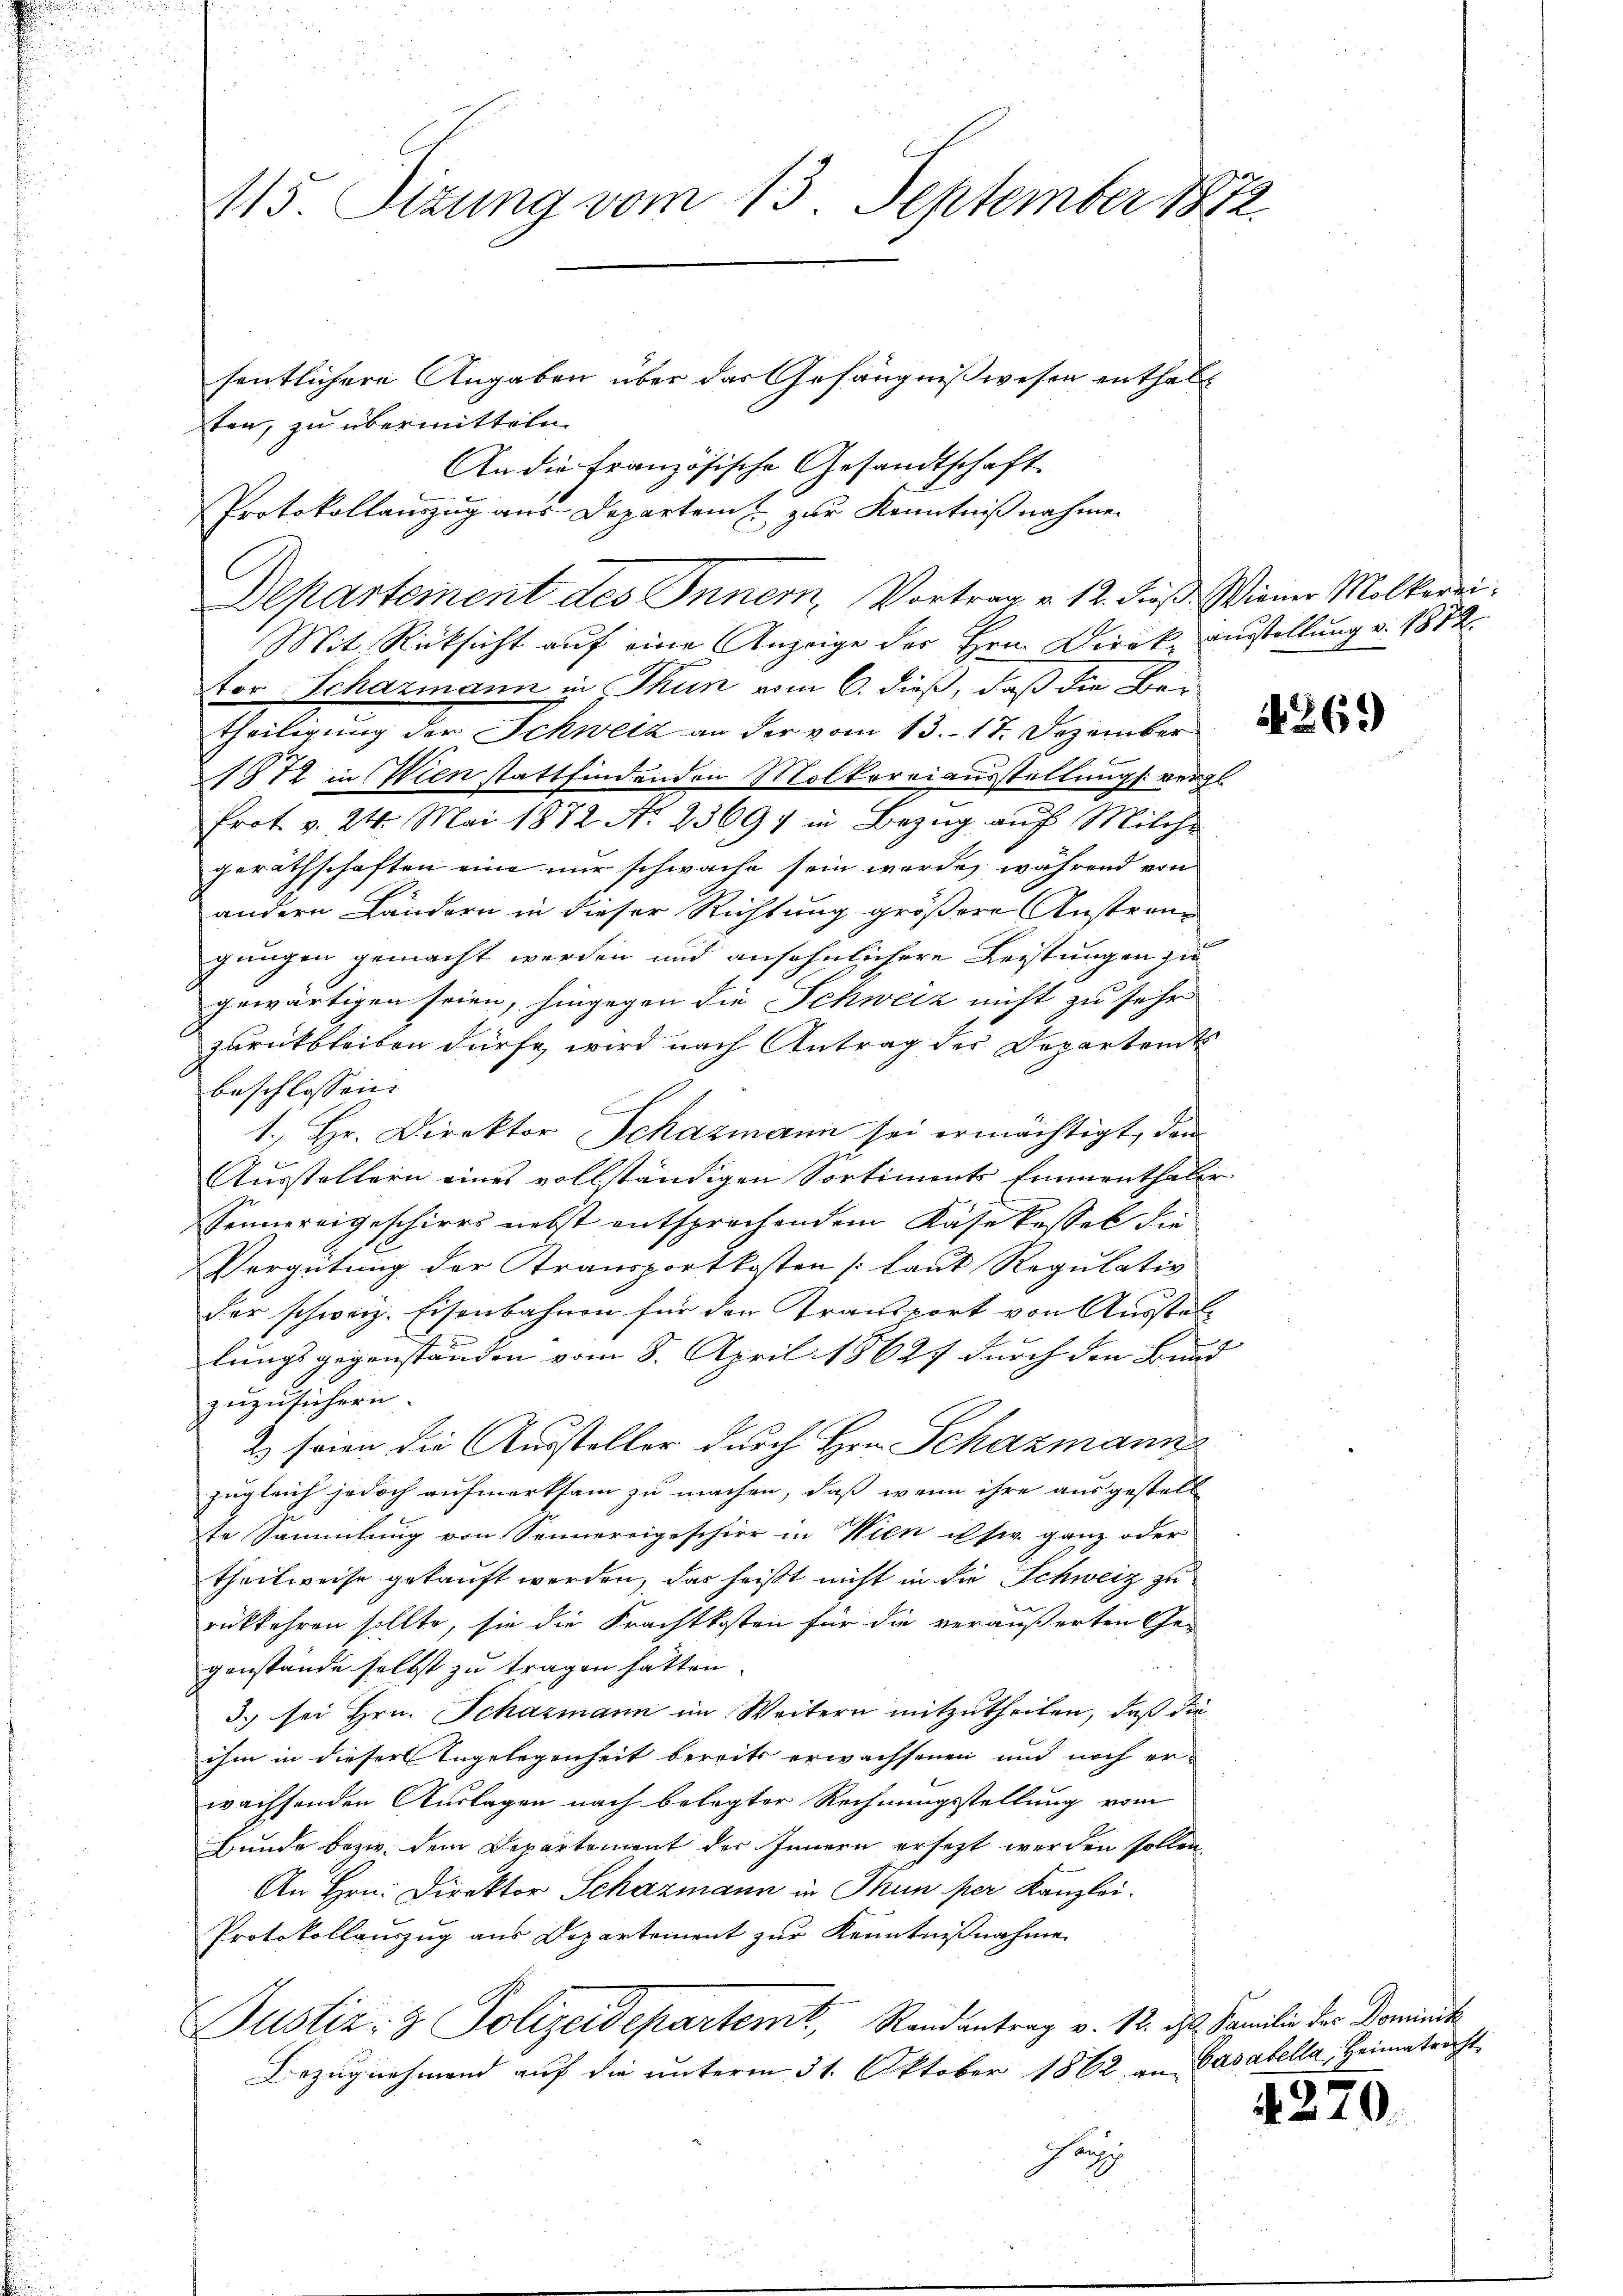
415. Sizung vom 13. September 1872
sentlichere Angaben über das Gefängnißwesen enthalt

ten, zu übermitteln
An die Französische Gesandtschaft
Protokollauszug aus Departem u. zur Kenntnißnahmen
Mit Rücksicht auf eine Anzeige der Hrn. Direk, Ausstellung v. 1872.
tor Schazmann in Thun vom 6. dieß, daß die Betheiligung der Schweiz an der vom 13. 17. Dezember
1812 in Wien stattfindenden Molkoreiausstellung vergl.
frot v. 24. Mai 1872 No 23697 in Bezŭg aŭf Milche
geräthschaften eine nur schwache sein werde, während von
andern Händern in dieser Richtung größere Anstrang
gungen gemacht werden und ansehnlichere Leistungen zu
gewärtigen seien, hingegen die Schweiz nicht zu sehr
zurückbleiben dürfe, wird nach Antrag des Departants
beschlossen. |
1. Hr. Direktor Schazmann sei ermächtigt, dem
Ausstellern eines vollständigen Sortiments Emmenthaler
Sonnereigeschirrs nebst entsprechendem Käse kassel die
Vergütung der Stransportkosten (laut Regulativ
der schweiz. Eisenbahnen für den Transport von Ausstellungsgegenständen vom 8. April 1862 durch den Bund
zuzusichern.
2 seien die Aussteller durch Hrn. Schazmann
zugleich jedoch aufmerksam zu machen, daß wenn ihre ausgestell
te Sammlung von Sonnereigeschier in Wien usw. ganz oder
theilweise gekauft werden, das heißt nicht in die Schweiz zu
rükkehren sollte, sie die Frachtkosten für die veräußerten Ge-
genstände selbst zu tragen hatten.
3. sei Hrn. Schazmann im Weitern mitzutheilen, daß die
ihm in dieser Angelegenheit bereits erwachsenen und noch erwachsenden Auslagen nach belegter Rechnungsstellung vom
Bunde bezw. dem Departement der Innern ersezt werden sollen.
An Hrn. Direktor Schazmann in Thun per Kanzlei.
Protokollauszug aus Departement zur Kenntnißnahme
Justiz- & Polizeidepartent, Randantrag v. 12. des Familie der Dominik
Bezug nehmend auf die unterm 31. Oktober 1862 an Gasabella, Heimatrecht
häng

Departement des Inner, Vortrag v. 12. Fuß. Wiener Melkerei¬

4. 270.